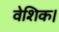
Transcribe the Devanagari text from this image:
वेशिक।